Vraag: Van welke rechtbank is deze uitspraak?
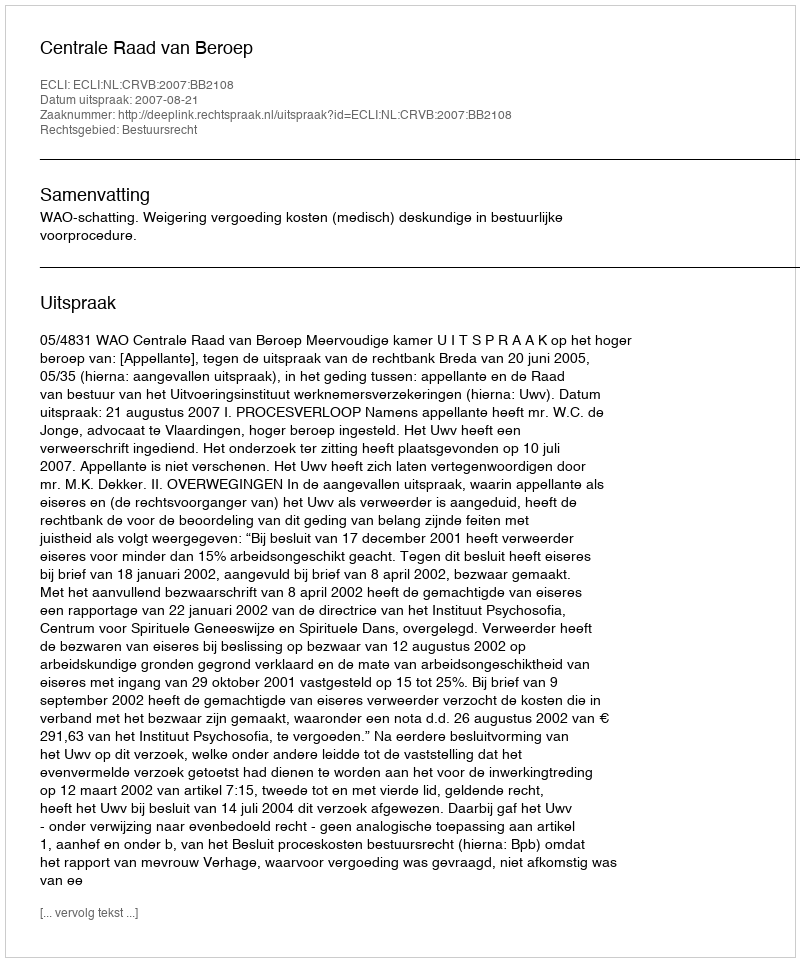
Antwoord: Centrale Raad van Beroep